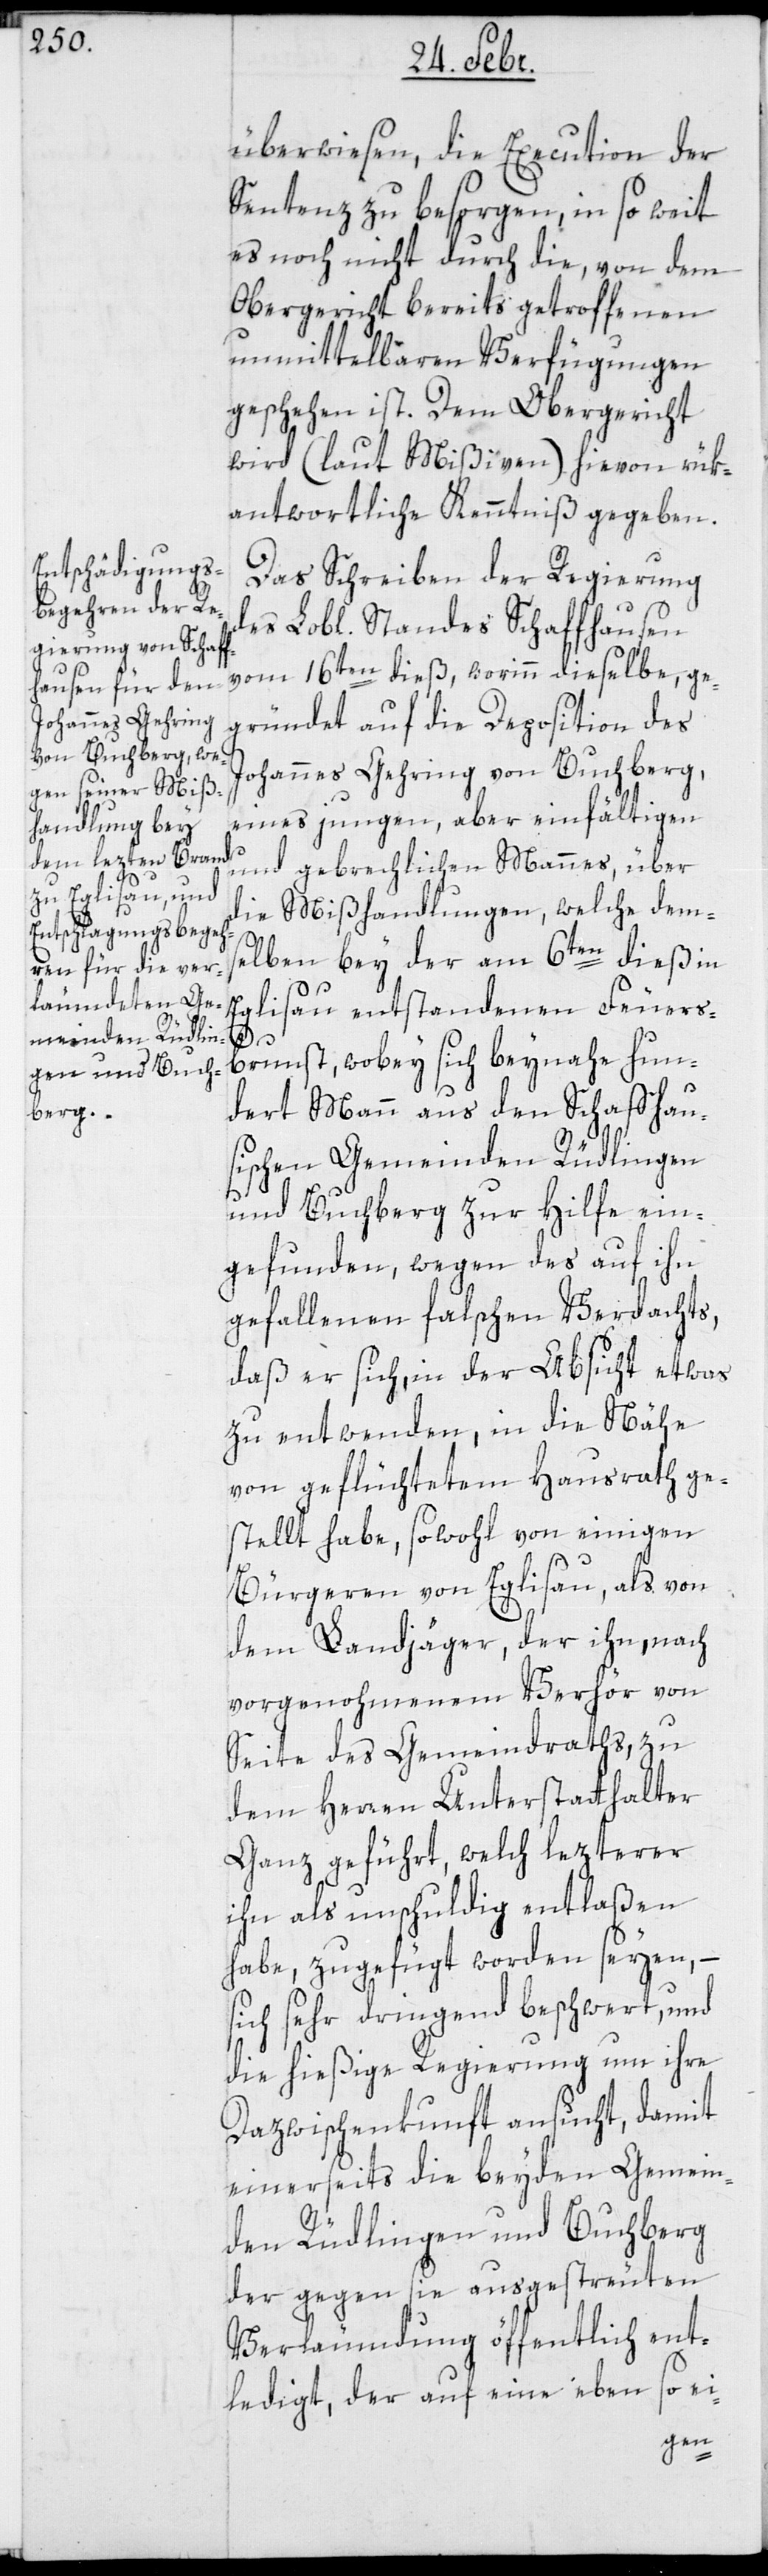
überwiesen, die Execution der
Sentenz zu besorgen, in so weit
es noch nicht durch die, von dem
Obergericht bereits getroffenen
unmittelbaren Verfügungen
geschehen ist. Dem Obergericht
wird (laut Mißiven) hievon rük¬
antwortliche Kenntniß gegeben.
Das Schreiben der Regierung
vom 16ten dieß, worinn dieselbe ge¬
gründet auf die Deposition des
Johannes Gehring von Buchberg,
eines jungen, aber einfältigen
und gebrechlichen Mannes, über
die Mißhandlungen, welche dems¬
elben bey der am 6ten dieß in
Eglisau entstandenen Feuers¬
brunst, wobey sich beynahe hun¬
dert Mann aus den schaffhau¬
sischen Gemeinden Rüdlingen
und Buchberg zur Hilfe ein¬
gefunden, wegen des auf ihn
gefallenen falschen Verdachts,
daß er sich, in der Absicht etwas
zu entwenden, in die Nähe
von geflüchtetem Hausrath ge¬
stellt habe, sowohl von einigen
Bürgeren von Eglisau, als von
dem Landjäger, der ihn nach
vorgenohmenem Verhör von
Seite des Gemeindraths, zu
dem Herren Unterstatthalter
Ganz geführt, welch lezterer
ihn als unschuldig entlaßen
habe, zugefügt worden seyen, –
sich sehr dringend beschwert, und
die hießige Regierung um ihre
Dazwischenkunft ansucht, damit
einerseits die beyden Gemein¬
den Rüdlingen und Buchberg
der gegen sie ausgestreuten
Verleumdung öffentlich ent¬
ledigt, der auf eine ebenso ei-